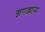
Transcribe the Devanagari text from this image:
झगड्यांना